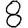
Digit: 8